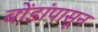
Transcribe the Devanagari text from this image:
बोंडांपासून